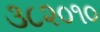
૩૮૨૦૧૦